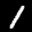
Label: 1